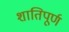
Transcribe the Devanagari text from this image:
शातिपूर्ण